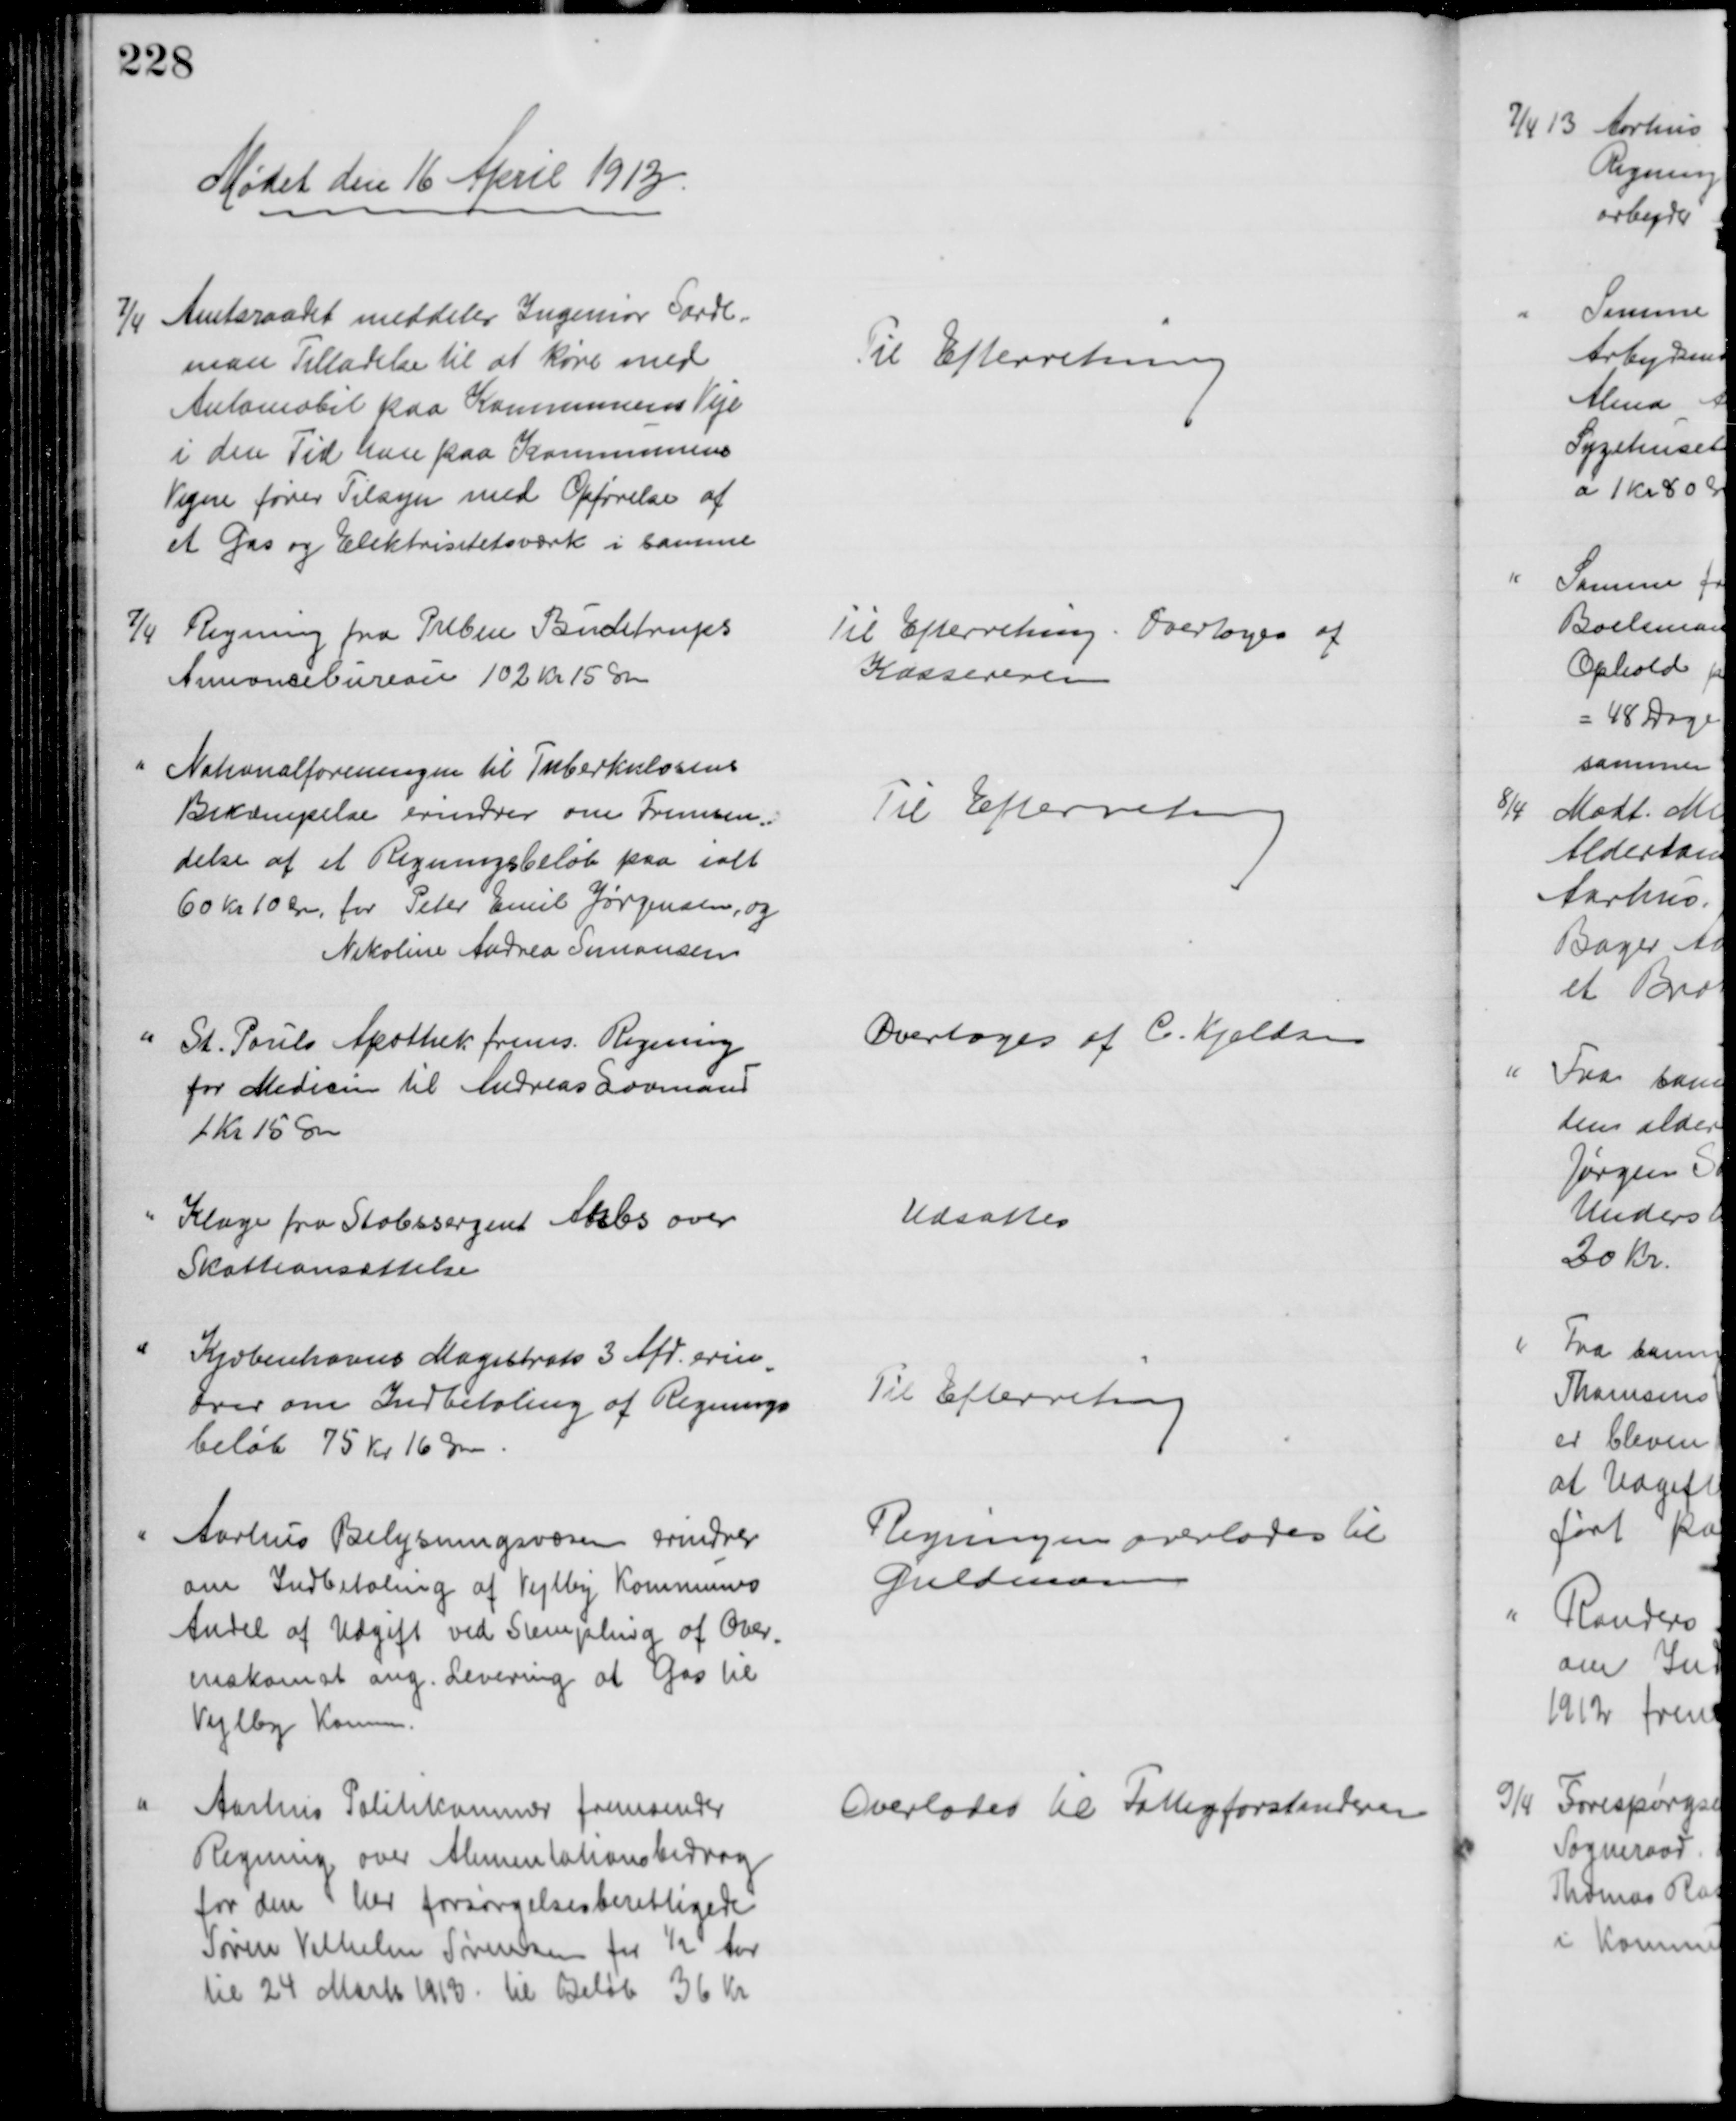
Transskription:
Mødet den 16 April 1913.
7/4 Amtsraadet meddeler Ingeniør Sarde-
man Tilladelse til at køre med
Automobil paa Kommunens Veje
i den Tid han paa Kommunens
Vegne fører Tilsyn med Opførelse af
et Gas og Elektrisitetsværk i samme
Til Efterretning
7/4
Regning fra Preben Buchstrups
Annoncebureau 102 kr 15 Øre
Til Efterretning. Overtoges af
Kassereren
Nationalforeningen til Tuberkulosens
Bekæmpelse erindrer om Fremsen
=
delse af et Regningsbeløb paa ialt
60 Kr 10 Øre, for Peter Emil Jørgensen, og
Nikoline Andrea Simonsen
Til Efterretning
St. Pauls Apothek frems. Regning
for Medicin til Andreas Lovmand
1 Kr 15 Øre
Overtoges af C. Kjeldsen
Klage fra Stabssergent Arbs over
Skatteansættelse
Udsattes
Kjøbenhavns Magistrat 3 Afd. erin
-
drer om Indbetaling af Regnings
beløb 75 Kr 16 Øre.
Til Efterretning
Aarhus Belysningsvæsen erindrer
om Indbetaling af Vejlby Kommunes
Andel af Udgift ved Stempling af Over-
enskomst ang. Levering af Gas til
Vejlby Komm.
Regningen overlodes til
Guldmann
Aarhus Politikammer fremsender
Regning over Alimentationsbidrag
for den her forsørgelsesberettigede
Søren Vilhelm Sørensen for ½ Aar
til 24 Marts 1913 til Beløb 36 Kr
Overlodes til Fattigforstanderen